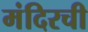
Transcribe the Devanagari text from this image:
मंदिरची